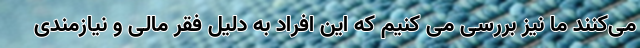
می‌کنند ما نیز بررسی می کنیم که این افراد به دلیل فقر مالی و نیازمندی